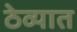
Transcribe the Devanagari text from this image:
ठेव्यात